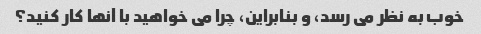
خوب به نظر می رسد، و بنابراین، چرا می خواهید با آنها کار کنید؟